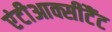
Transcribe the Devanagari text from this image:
एंटीआक्सीटैंट